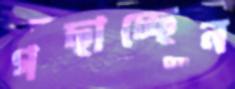
গছাচ্ছেন